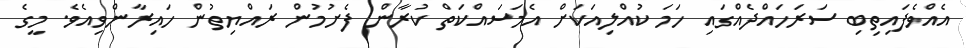
އެއްވެފައިތިބި ސަރަހައްދެއްގައި ހަމަ ކުއްލިއަކަށް އެމަސައްކަތް ކުރާން ފެށުމުން ރައްޔިތުން ހައިރާންވިއެވެ. މީގެ